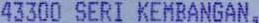
43300 SERI KEMBANGAN,